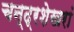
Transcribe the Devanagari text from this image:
चन्द्रशेखरां